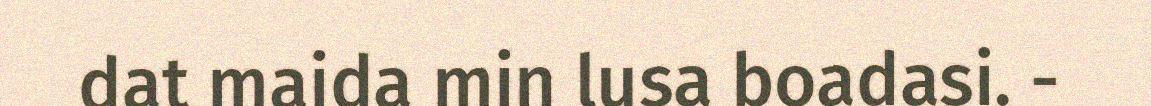
dat maida min lusa boadasi. -